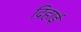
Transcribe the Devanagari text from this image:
दिहाई